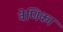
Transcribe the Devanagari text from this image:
वेणिका